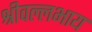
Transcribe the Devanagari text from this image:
श्रीवल्लभाय